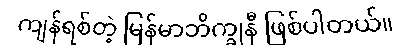
ကျန်ရစ်တဲ့ မြန်မာဘိက္ခုနီ ဖြစ်ပါတယ်။